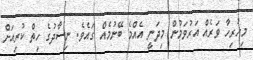
މިހުރިހާ ވަރެއް އަރުވަމުން މިދަނީ އެއްމެ ބޭނުމެއް ގައެވެ. ނިސާދުގެ ހިތް ކުރިއަށް